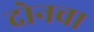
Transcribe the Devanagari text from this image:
दोनचा